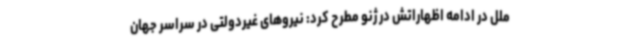
ملل در ادامه اظهاراتش در ژنو مطرح کرد: نیروهای غیردولتی در سراسر جهان